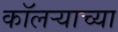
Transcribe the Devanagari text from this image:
कॉलऱ्याच्या